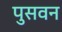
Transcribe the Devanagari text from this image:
पुसवन